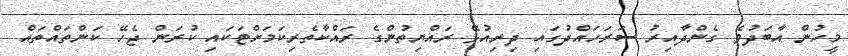
މީހުން އާބަދުވެ ގެންދާއިރު ސަރަހައްދުގައި ދިރިއުޅޭ ރައްޔިތުންގެ ރައްކާތެރިކަމަށްޓަކައި ކުރަން ޖެހޭ ކަންތައްތައް